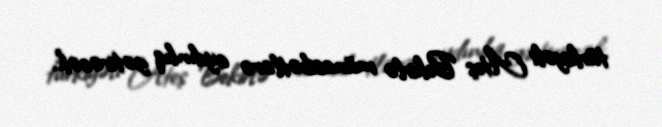
türkiyəli Ateş Bekirlə münasibətlərə aydınlıq gətirəcək.